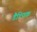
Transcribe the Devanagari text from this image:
डैल्विक